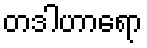
တဒါဟာရော